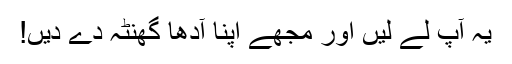
یہ آپ لے لیں اور مجھے اپنا آدھا گھنٹہ دے دیں!